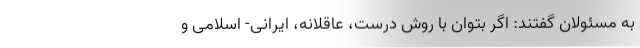
به مسئولان گفتند: اگر بتوان با روش درست، عاقلانه، ایرانی- اسلامی و